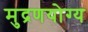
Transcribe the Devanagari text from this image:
मुद्रणयोग्य